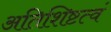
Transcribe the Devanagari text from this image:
अतिशिष्टत्वं